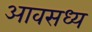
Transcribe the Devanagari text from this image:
आवसध्य